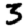
Digit: 3